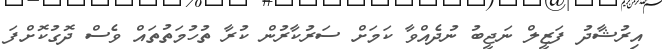
އިރުޝާދު ފަޒީލް ނަޖީބު ނުދެއްވާ ކަމަށް ސަރުކާރުން ކުރާ ތުހުމަތުތައް ވެސް ދޮގުކޮށްފަ